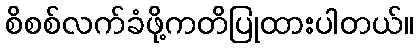
စိစစ်လက်ခံဖို့ကတိပြုထားပါတယ်။